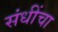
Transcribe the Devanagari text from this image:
संधींचा